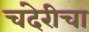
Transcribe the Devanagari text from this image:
चंदेरीचा